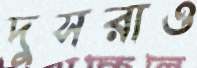
দুসরাও